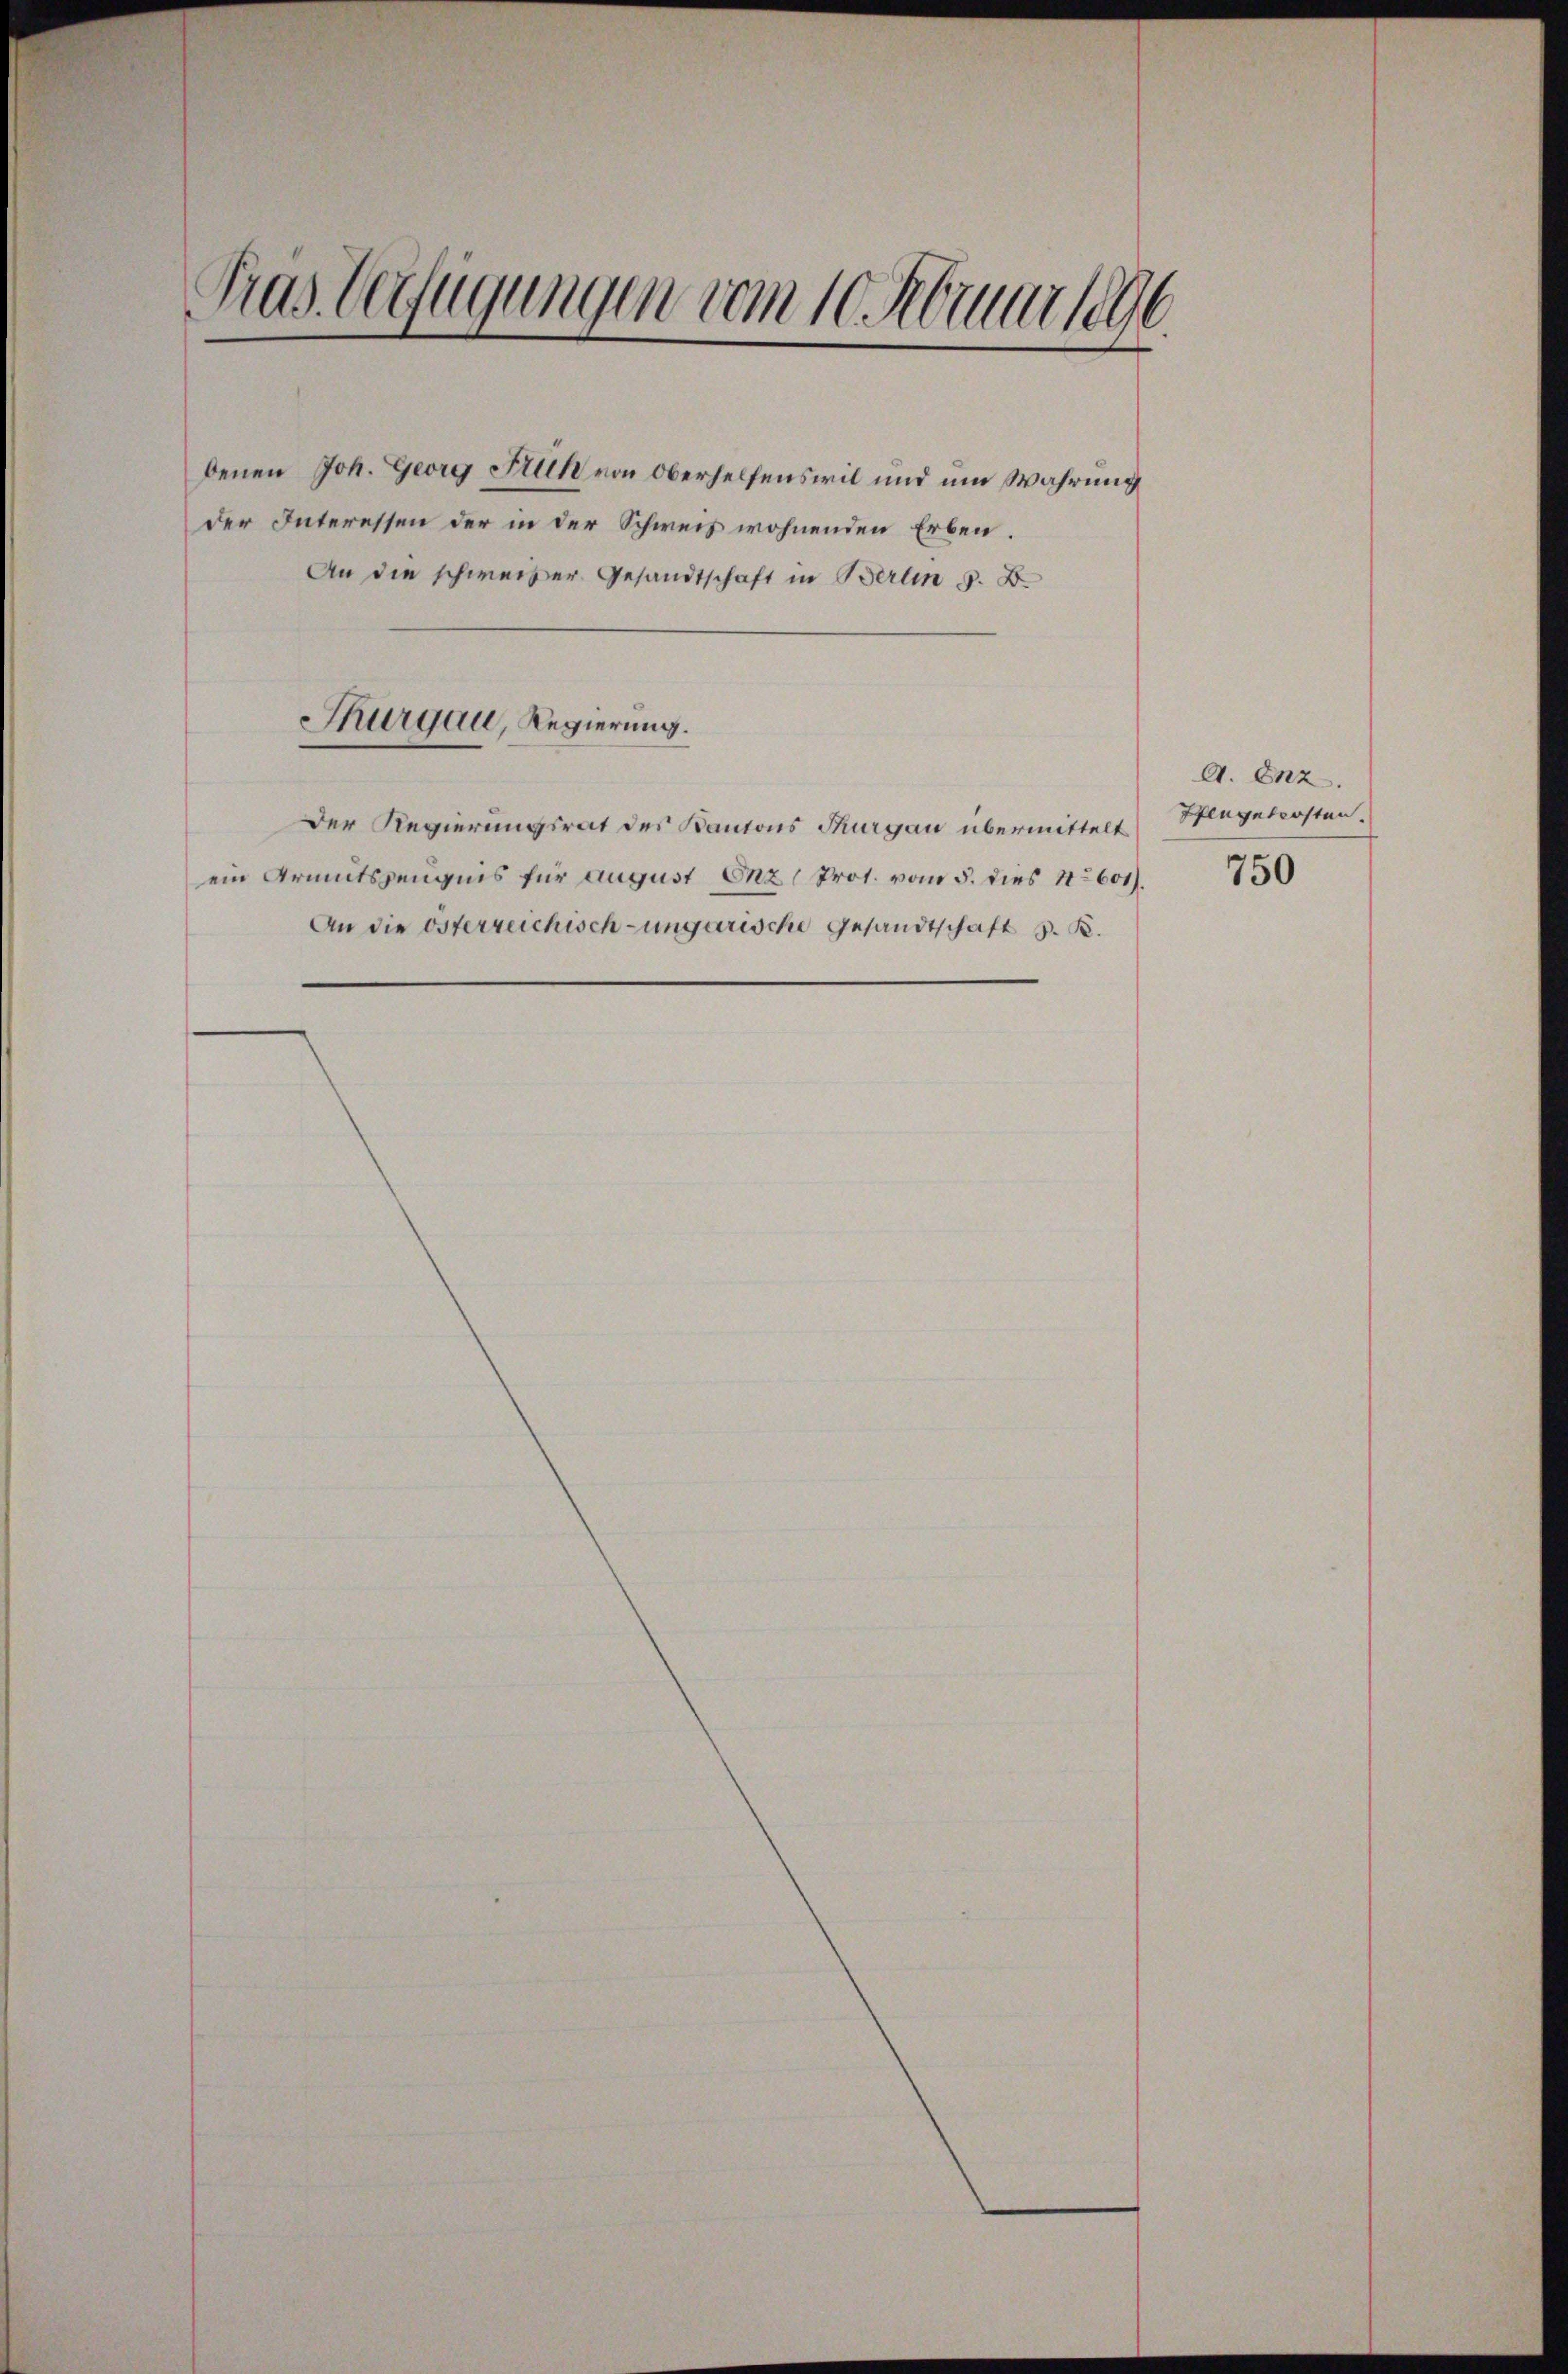
benen Joh. Georg Früh von Oberhelfenswil und um Wahrung
der Interessen der in der Schweis wohnenden Erben.
An die schweiser Gesandtschaft in Berlin 5. B.
Thurgau, Regierung.
Der Regierungsrat des Kantons Thurgau übermittelt Stiegebersten.
ein Armutszeugnis für August Enzl Prot. vom 5. dies 1601).
An die österreichisch-ungarische Gesandtschaft S. K.

Tras Verfügungen vom 10. Februar 1896

A. Enz.
750